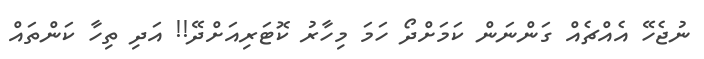
ނުޖެހޭ އެއްޗެއް ގަންނަން ކަމަށްދޯ ހަމަ މިހާރު ކޮޓަރިއަށްދޭ!! އަދި ތިހާ ކަންތައް